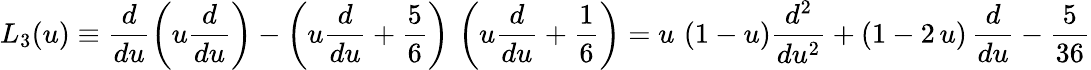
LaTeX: L_{3}(u)\equiv\frac{d}{du}\left(u\frac{d}{du}\right)-\left(u\frac{d}{du}+\frac{5}{6}\right)\, \left(u\frac{d}{du}+\frac{1}{6}\right)=u\, \left(1-u\right)\frac{d^{2}}{du^{2}}+\left(1-2\, u\right)\, \frac{d}{du}-\frac{5}{36}